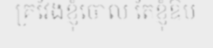
គ្រវែងខ្ញុំចោល តែខ្ញុំឱប